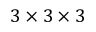
3 \times 3 \times 3